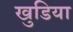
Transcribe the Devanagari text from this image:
खुडिया